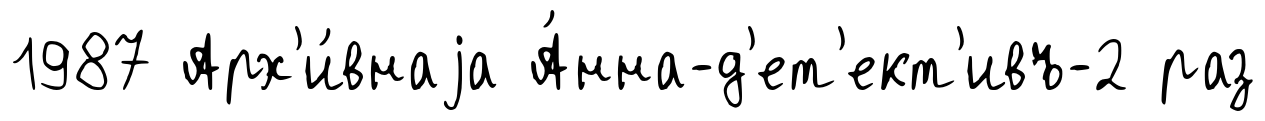
1987 Арх'и́внаjа А́нна-д'ет'ект'ивъ-2 раз